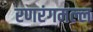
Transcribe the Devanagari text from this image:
रणरंगमल्ल